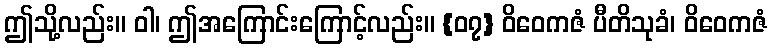
ဤသို့လည်း။ ဝါ၊ ဤအကြောင်းကြောင့်လည်း။ {၀၇} ဝိဝေကဇံ ပီတိသုခံ၊ ဝိဝေကဇံ